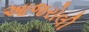
આજરોલી